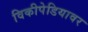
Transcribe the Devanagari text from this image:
विकीपेडियावर